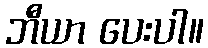
ဘီယာ ပေးပါ။